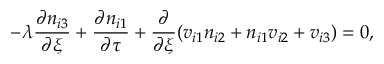
- \lambda \frac { \partial n _ { i 3 } } { \partial \xi } + \frac { \partial n _ { i 1 } } { \partial \tau } + \frac { \partial } { \partial \xi } ( v _ { i 1 } n _ { i 2 } + n _ { i 1 } v _ { i 2 } + v _ { i 3 } ) = 0 ,